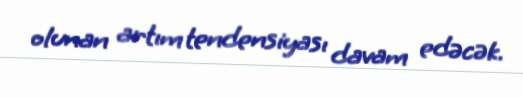
olunan artım tendensiyası davam edəcək.